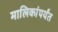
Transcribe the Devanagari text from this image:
मालिकांपर्यंत